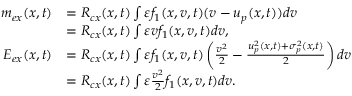
\begin{array} { r l } { m _ { e x } ( x , t ) } & { = R _ { c x } ( x , t ) \int \varepsilon f _ { 1 } ( x , v , t ) ( v - u _ { p } ( x , t ) ) d v } \\ & { = R _ { c x } ( x , t ) \int \varepsilon v f _ { 1 } ( x , v , t ) d v , } \\ { E _ { e x } ( x , t ) } & { = R _ { c x } ( x , t ) \int \varepsilon f _ { 1 } ( x , v , t ) \left( \frac { v ^ { 2 } } { 2 } - \frac { u _ { p } ^ { 2 } ( x , t ) + \sigma _ { p } ^ { 2 } ( x , t ) } { 2 } \right) d v } \\ & { = R _ { c x } ( x , t ) \int \varepsilon \frac { v ^ { 2 } } { 2 } f _ { 1 } ( x , v , t ) d v . } \end{array}